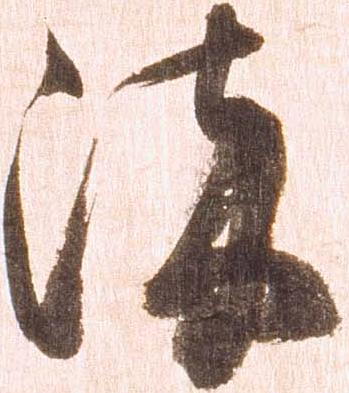
流